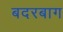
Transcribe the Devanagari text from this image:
बदरबाग